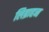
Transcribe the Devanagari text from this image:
लिब्राहन